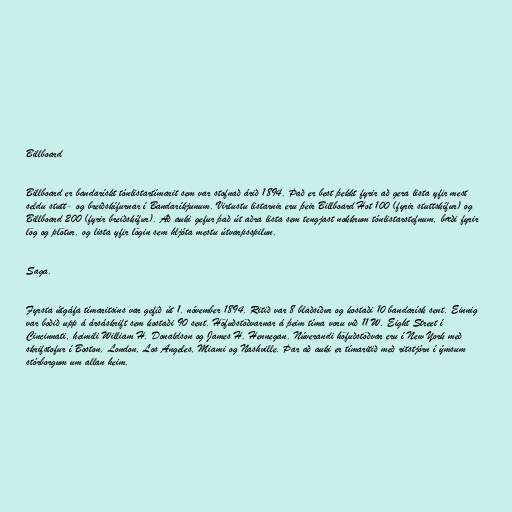
Billboard

Billboard er bandarískt tónlistartímarit sem var stofnað árið 1894. Það er best þekkt fyrir að gera lista yfir mest
seldu stutt- og breiðskífurnar í Bandaríkjunum. Virtustu listarnir eru þeir Billboard Hot 100 (fyrir stuttskífur) og
Billboard 200 (fyrir breiðskífur). Að auki gefur það út aðra lista sem tengjast nokkrum tónlistarstefnum, bæði fyrir
lög og plötur, og lista yfir lögin sem hljóta mestu útvarpsspilun.

Saga.

Fyrsta útgáfa tímaritsins var gefið út 1. nóvember 1894. Ritið var 8 blaðsíður og kostaði 10 bandarísk sent. Einnig
var boðið upp á ársáskrift sem kostaði 90 sent. Höfuðstöðvarnar á þeim tíma voru við 11 W. Eight Street í
Cincinnati, heimili William H. Donaldson og James H. Hennegan. Núverandi höfuðstöðvar eru í New York með
skrifstofur í Boston, London, Los Angeles, Miami og Nashville. Þar að auki er tímaritið með ritstjórn í ýmsum
stórborgum um allan heim.